Treatise on elephants
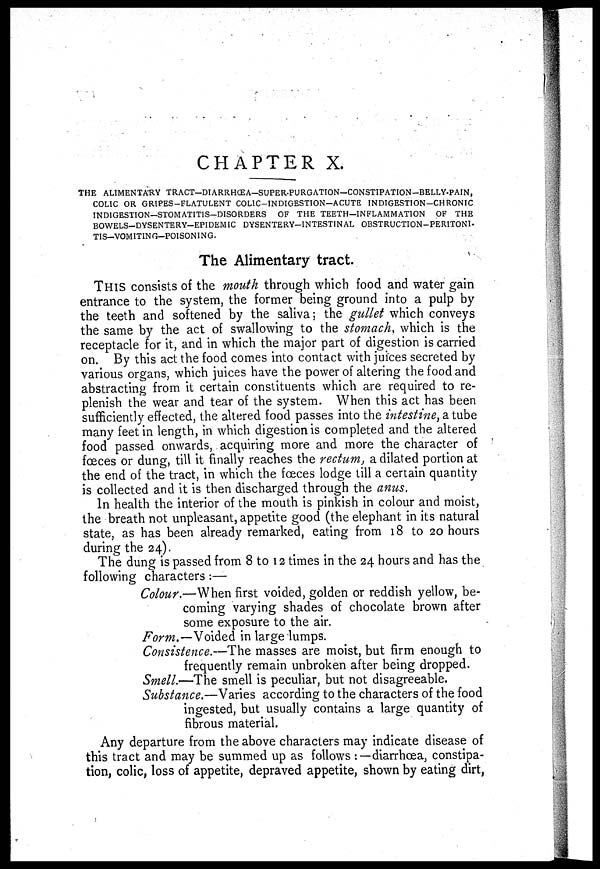
CHAPTER X.
THE ALIMENTARY TRACT-DIARRHŒA-SUPER-PURGATION-CONSTIPATION-BELLY-PAIN,
COLIC OR GRIPES-FLATULENT COLIC-INDIGESTION-ACUTE INDIGESTION-CHRONIC
INDIGESTION—STOMATITIS-DISORDERS
OF THE TEETH—INFLAMMATION
OF THE
BOWELS-DYSENTERY-EPIDEMIC DYSENTERY-INTESTINAL OBSTRUCTION-PERITONI-
TIS-VOMITING-POISONING.
The Alimentary tract.
THIS consists of the mouth through which food and water gain
entrance to the system, the former being ground into a pulp by
the teeth and softened by the saliva; the gullet which conveys
the same by the act of swallowing to the stomach, which is the
receptacle for it, and in which the major part of digestion is carried
on. By this act the food comes into contact with juices secreted by
various organs, which juices have the power of altering the food and
abstracting from it certain constituents which are required to re-
plenish the wear and tear of the system. When this act has been
sufficiently effected, the altered food passes into the intestine, a tube
many feet in length, in which digestion is completed and the altered
food passed onwards, acquiring more and more the character of
fœces or dung, till it finally reaches the rectum, a dilated portion at
the end of the tract, in which the fœces lodge till a certain quantity
is collected and it is then discharged through the anus.
In health the interior of the mouth is pinkish in colour and moist,
the breath not unpleasant, appetite good (the elephant in its natural
state, as has been already remarked, eating from 18 to 20 hours
during the 24).
The dung is passed from 8 to 12 times in the 24 hours and has the
following characters :—
Colour.—When first voided, golden or reddish yellow, be-
coming varying shades of chocolate brown after
some exposure to the air.
Form.—Voided in large lumps.
Consistence.—The masses are moist, but firm enough to
frequently remain unbroken after being dropped.
Smell.—The smell is peculiar, but not disagreeable.
Substance.—Varies according to the characters of the food
ingested, but usually contains a large quantity of
fibrous material.
Any departure from the above characters may indicate disease of
this tract and may be summed up as follows :—diarrhœa, constipa-
tion, colic, loss of appetite, depraved appetite, shown by eating dirt,